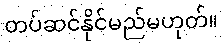
တပ်ဆင်နိုင်မည်မဟုတ်။